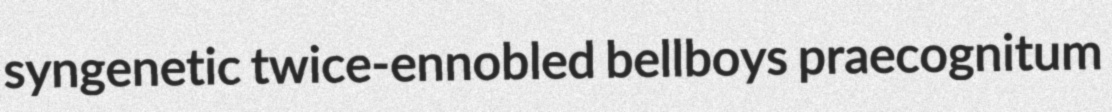
syngenetic twice-ennobled bellboys praecognitum